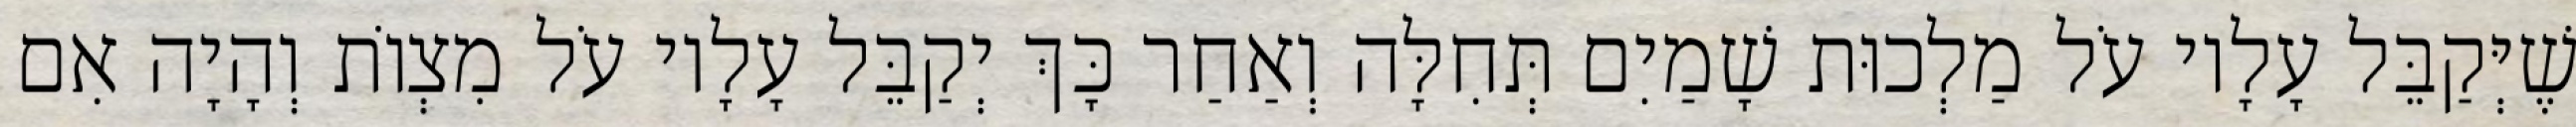
שֶׁיְּקַבֵּל עָלָיו עֹל מַלְכוּת שָׁמַיִם תְּחִלָּה וְאַחַר כָּךְ יְקַבֵּל עָלָיו עֹל מִצְוֹת וְהָיָה אִם